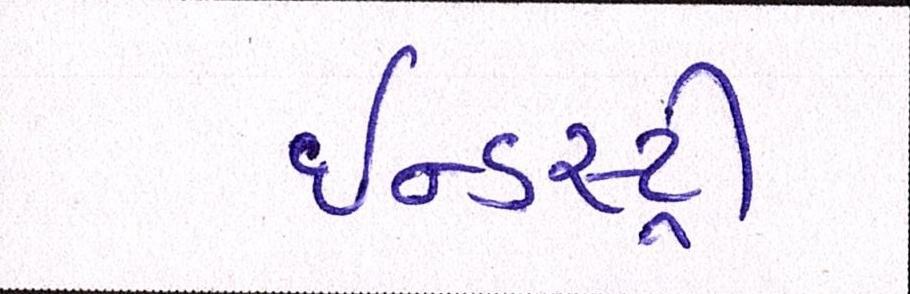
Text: ઈન્ડસ્ટ્રી